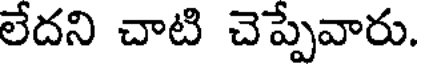
లేదని చాటి చెప్పేవారు.